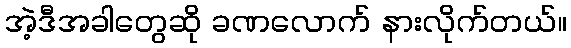
အဲ့ဒီအခါတွေဆို ခဏလောက် နားလိုက်တယ်။